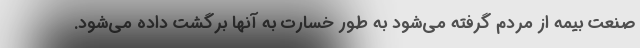
صنعت بیمه از مردم گرفته می‌شود به طور خسارت به آنها برگشت داده می‌شود.